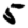
Digit: 5